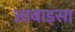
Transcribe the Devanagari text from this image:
आबाइसा